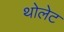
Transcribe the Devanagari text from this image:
थोलेट